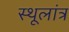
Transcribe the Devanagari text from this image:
स्‍थूलांत्र